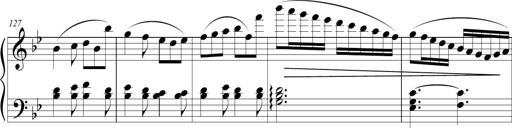
Title: Sonatina (Piano Sonata No.9)
Composer: Richard St. Clair